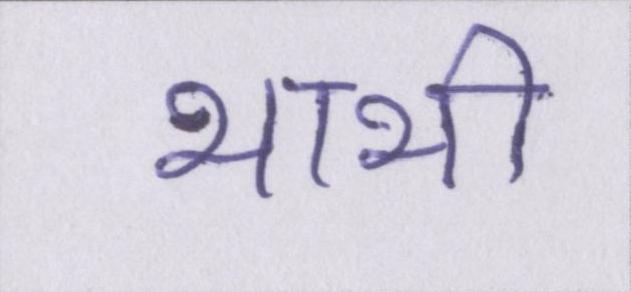
भाभी